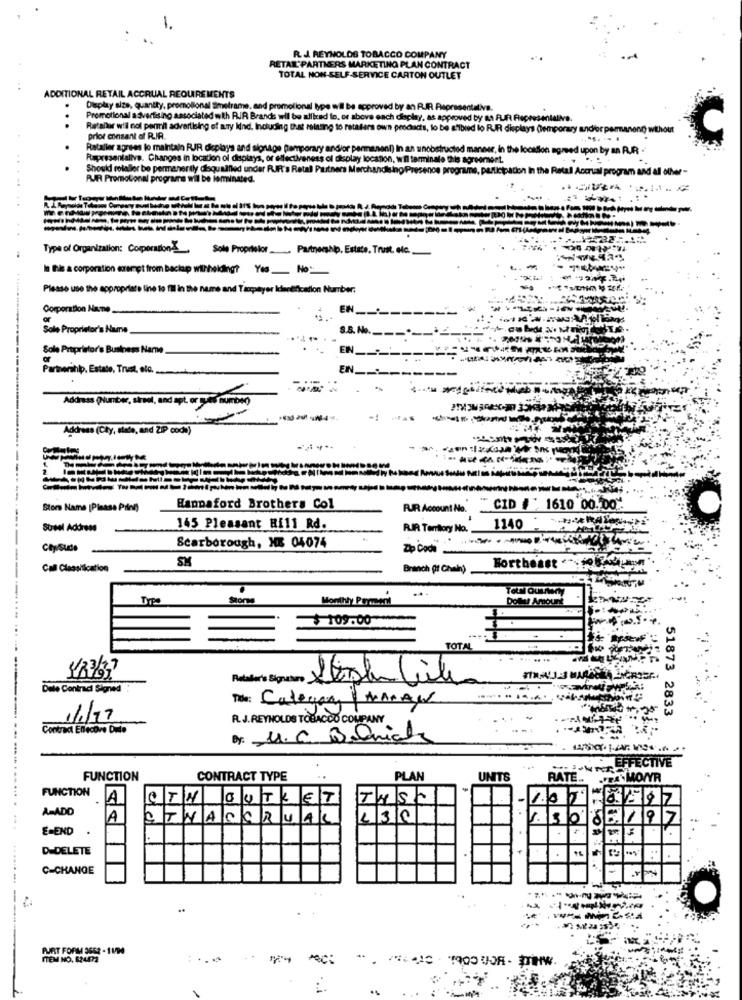
-
R. J. REYNOLDS TOBACCO COMPANY
RETAR' PARTNERS MARKETING PLAN CONTRACT
TOTAL NON-SELF-SERVICE CARTON OUTLET
ADDITIONAL RETAIL ACCRUAL REQUIRE MENTS
Display size, quantity, promollonal Smetrame, and promotional type will be approved by an RIR Representalive.
Promotional advertising associated with RIR Brands wil be allied to, or above ench display, as approved by an FUR Representalive.
Refaller will col pernil advertising of ary kind. Including that relating to retafers own products, to be a'lbred lo RJR displays (temporary undio
without
prior consent of RIA.
Rataller agrees to maintain RJR displays and signage pamporary and/or permanent) In an unobstructed manner, in the location agreed upon by an RUR -
Representalive. Changes in location ol displays, or effectiveness of display location, wil terminale this agreement.
Should rolaller be permanently disqualified under R.IF's Retal Piuthere Merchandising Presence programe, participation In the Retal Accrual program and all other-
RAR Promotional programs will be forminated.
...
Type of Organization: Corporation
Sole Proprietor Partnership. Estate. Trust. elc.
In the a corporation exempt from bactop withholding? Yes No:
Please use the appropriate line to fil in the name and Tærpayer Identification Number:
Corporation Namne ..
EN _---------
Sole Proprietor's Name
Sole Proprietor's Business Name
EN
Partnership, Estate, Trust, sie.
EN_
--
Address (Number, street, and apt. or gues number)
Address (Cky, slade, and ZIP code)
Stor Name [Please Print)
Hannaford Brothers Col
PUR Account No.
CID #: 1610 00.00*
Steel Address
145 Pleasant Hill Rd.
RIR Teriory No. 1140
Cly/Sude
Scarborough, NE 04074
Zip Code
SM
Call Classification
Branch (f Chain)
Northeast
TOTTOUTW
TYPO
Store
Monthly Pormed
Dollar Amount
$109.00
TOTAL
423/37
Dele Contraci Signed
Title: Categor MANAN
51873 2833
11/17
R. J. REYNOLDS TOBACCO COMPANY
Contrac Ellecove Dule
By: U.C Banicle
EFFECTIVE
......
FUNCTION
CONTRACT TYPE
PLAN
UNITS
RATE ..
FUNCTION
LA
CTN CUTLET
THS2
1.00
AMADO
A
CTYACCRUAL
L30
1.30
579
E=END .
D-DELETE
.. ...
:
C-CHANGE
----
ART FORM 3652- 11/90
ITEM NO. 624072
Pec: